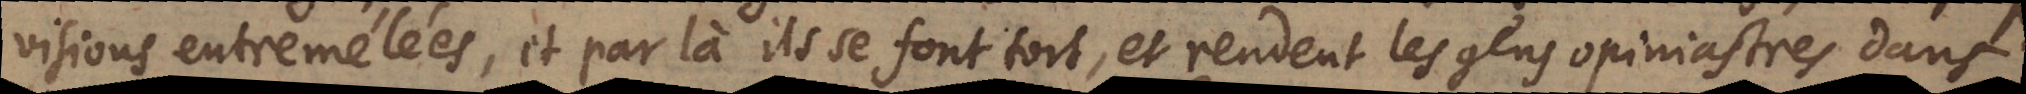
visions entremélées, et par là ils se font tort, et rendent les gens opiniastres dans